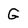
Character: G